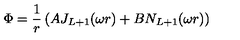
\Phi = \frac { 1 } { r } \left( A J _ { L + 1 } ( \omega r ) + B N _ { L + 1 } ( \omega r ) \right)